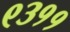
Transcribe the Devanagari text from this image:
९३११